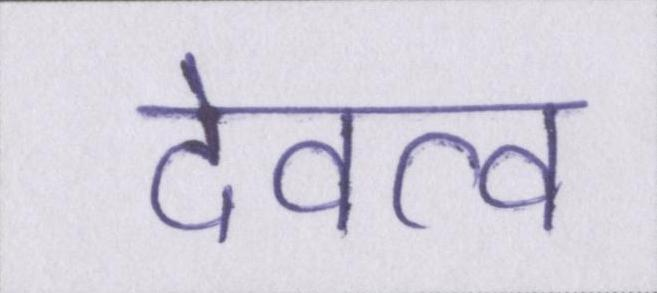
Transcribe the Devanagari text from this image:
देवत्व